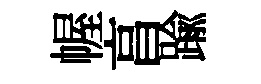
幄亯踰